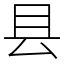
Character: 县